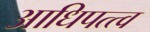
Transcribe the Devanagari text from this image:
आधिपत्त्व